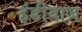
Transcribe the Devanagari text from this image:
इंडीयाज़